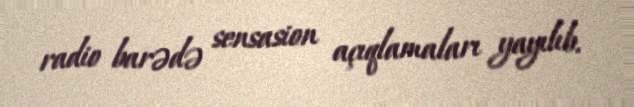
radio barədə sensasion açıqlamaları yayılıb.